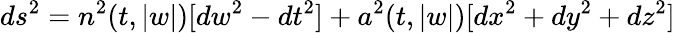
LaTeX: ds^{2}=n^{2}(t,|w|)[dw^{2}-dt^{2}]+a^{2}(t,|w|)[dx^{2}+dy^{2}+dz^{2}]